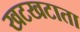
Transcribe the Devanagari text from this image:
खटखटाता